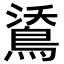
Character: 𪁕